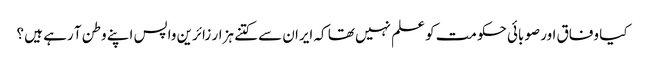
کیا وفاق اور صوبائی حکومت کو علم نہیں تھا کہ ایران سے کتنے ہزار زائرین واپس اپنے وطن آ رہے ہیں ؟